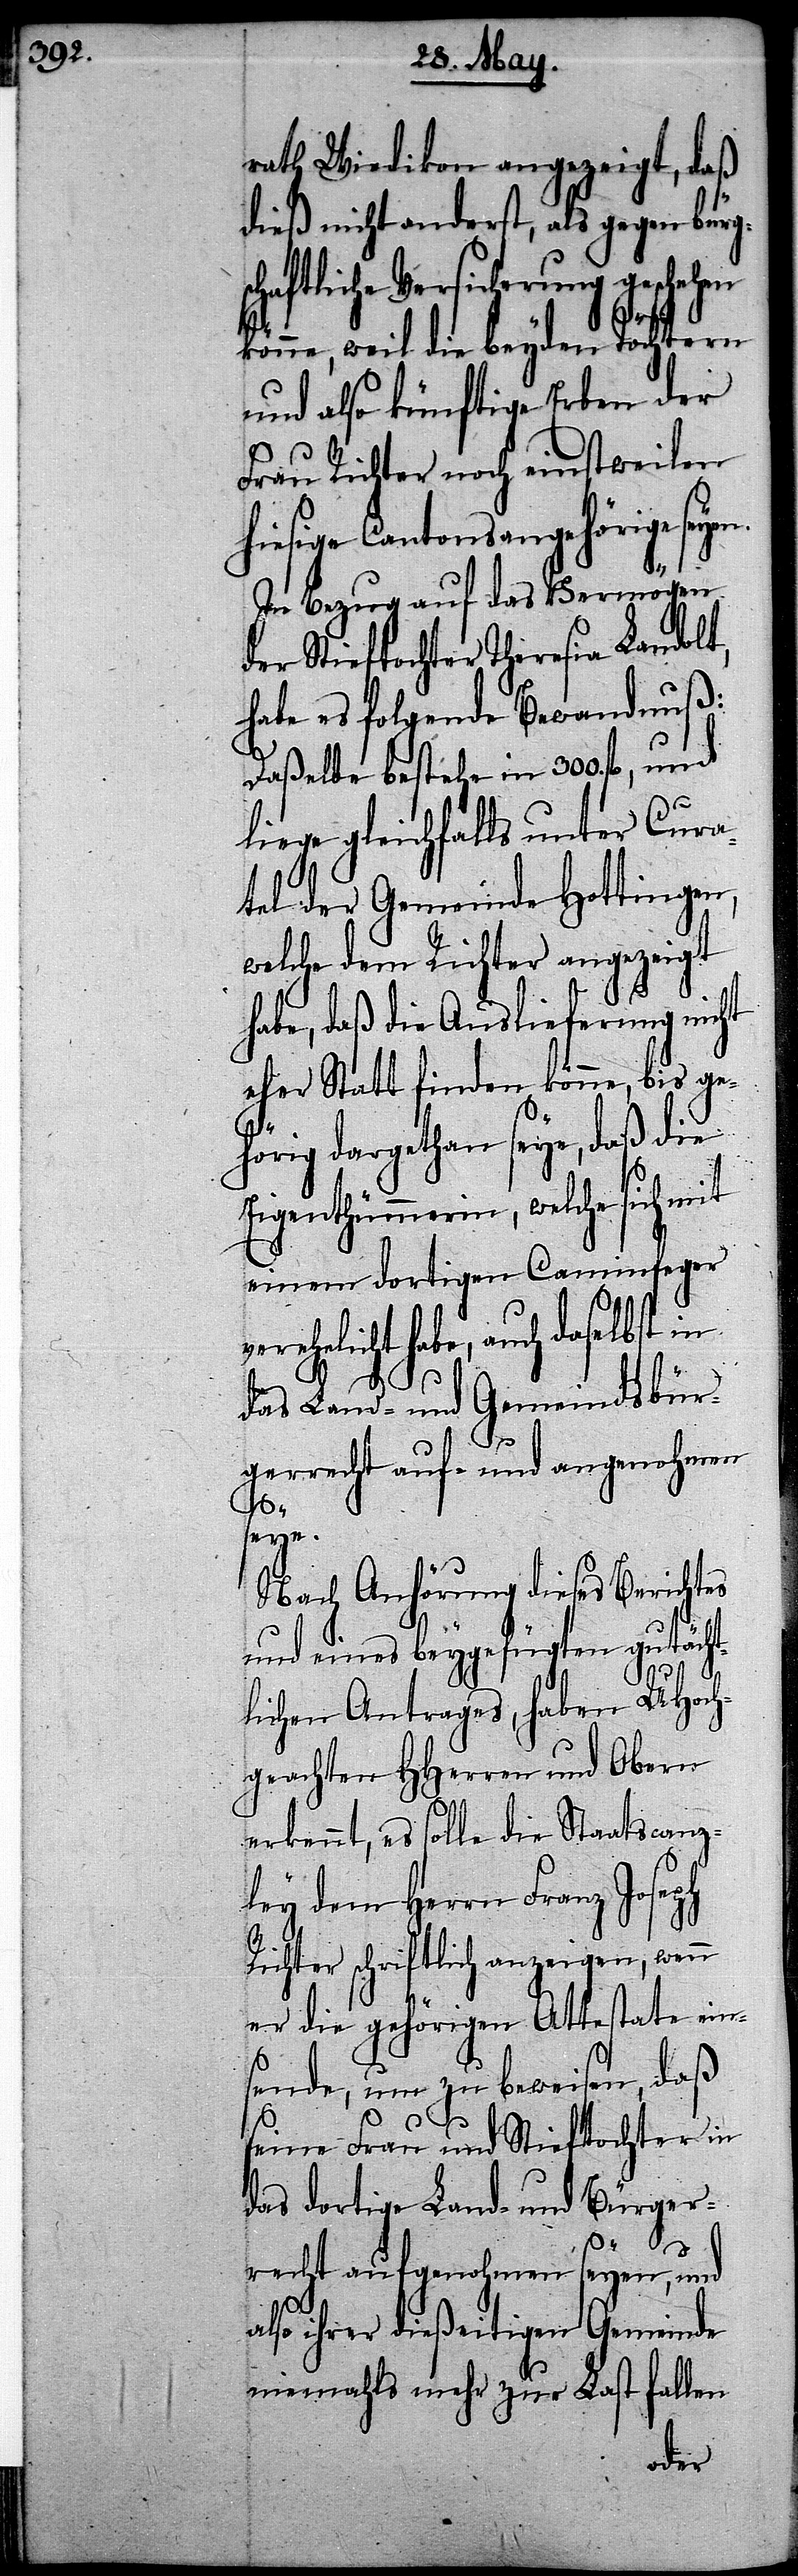
rath Wiedikon angezeigt, daß
dieß nicht anderst, als gegen bürg¬
haftliche Versicherung
könne, weil die beyden Töchtern
und also künftige Erben der
Frau Richter noch einstweilen
hiesige Cantonsangehörige seye¬
In Bezug auf das Vermögen
der Stieftochter Theresia Landolt,
habe es folgende Bewandnuß:
Daßelbe bestehe in 300. fl., und
liege gleichfalls unter Cura¬
tel der Gemeinde Hottingen,
welche dem Richter angezeigt
habe, daß die Auslieferung nicht
eher Statt finden könne, bis ge¬
hörig dargethan seye, daß die
Eigenthümmerin, welche sich
einem dortigen Caminfeger
verehelicht habe, auch daselbst in
das Land- und Gemeindsbür¬
gerrecht auf- und angenohmen
seye.
Nach Anhörung dieses Berichtes
und eines beygefügten gutächt¬
n.
lichen Antrages, haben UHoch¬
geachten HHerren und Obern
erkennt, es solle die Staatscanz¬
ley dem Herrn Franz Joseph
Richter schriftlich anzeigen, wenn
er die gehörigen Attestate ein¬
sende, um zu beweisen, daß
seine Frau und Stieftochter in
das dortige Land- und Bürger¬
recht aufgenohmen seyen, und
also ihrer dießeitigen Gemeinde
niemahls mehr zur Last fallen